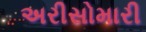
અરીસોમારી